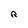
Character: R